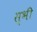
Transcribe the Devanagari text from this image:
स्भी